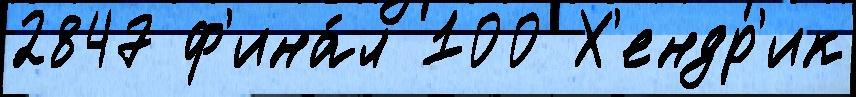
2847 ф'ина́л 100 Х'ендр'ик